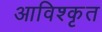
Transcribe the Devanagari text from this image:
आविश्कृत